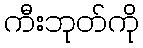
ကီးဘုတ်ကို